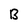
Character: B